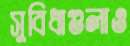
সুবিধাগুলাও